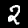
Label: 2